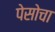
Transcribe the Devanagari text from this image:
पेसोचा